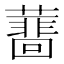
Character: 𧁝